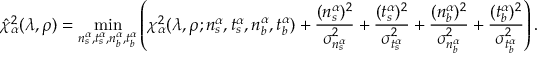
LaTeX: \hat { \chi } _ { \alpha } ^ { 2 } ( \lambda , \rho ) = \operatorname * { m i n } _ { n _ { s } ^ { \alpha } , t _ { s } ^ { \alpha } , n _ { b } ^ { \alpha } , t _ { b } ^ { \alpha } } \left( \chi _ { \alpha } ^ { 2 } ( \lambda , \rho ; n _ { s } ^ { \alpha } , t _ { s } ^ { \alpha } , n _ { b } ^ { \alpha } , t _ { b } ^ { \alpha } ) + \frac { ( n _ { s } ^ { \alpha } ) ^ { 2 } } { \sigma _ { n _ { s } ^ { \alpha } } ^ { 2 } } + \frac { ( t _ { s } ^ { \alpha } ) ^ { 2 } } { \sigma _ { t _ { s } ^ { \alpha } } ^ { 2 } } + \frac { ( n _ { b } ^ { \alpha } ) ^ { 2 } } { \sigma _ { n _ { b } ^ { \alpha } } ^ { 2 } } + \frac { ( t _ { b } ^ { \alpha } ) ^ { 2 } } { \sigma _ { t _ { b } ^ { \alpha } } ^ { 2 } } \right) .